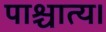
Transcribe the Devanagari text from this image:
पाश्चात्य।